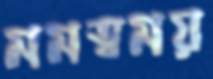
মমত্বময়